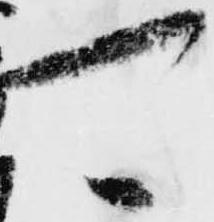
可